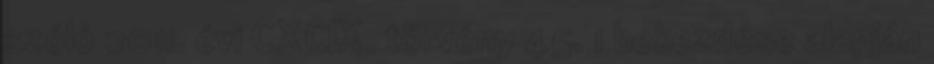
szóló 2011. évi CXCIX. törvény 45. 1 bekezdése alapján